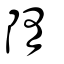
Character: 隋